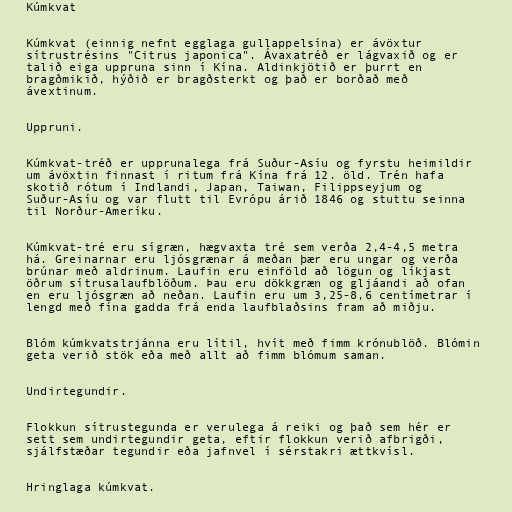
Kúmkvat

Kúmkvat (einnig nefnt egglaga gullappelsína) er ávöxtur
sítrustrésins "Citrus japonica". Ávaxatréð er lágvaxið og er
talið eiga uppruna sinn í Kína. Aldinkjötið er þurrt en
bragðmikið, hýðið er bragðsterkt og það er borðað með
ávextinum.

Uppruni.

Kúmkvat-tréð er upprunalega frá Suður-Asíu og fyrstu heimildir
um ávöxtin finnast í ritum frá Kína frá 12. öld. Trén hafa
skotið rótum í Indlandi, Japan, Taiwan, Filippseyjum og
Suður-Asíu og var flutt til Evrópu árið 1846 og stuttu seinna
til Norður-Ameríku.

Kúmkvat-tré eru sígræn, hægvaxta tré sem verða 2,4-4,5 metra
há. Greinarnar eru ljósgrænar á meðan þær eru ungar og verða
brúnar með aldrinum. Laufin eru einföld að lögun og líkjast
öðrum sítrusalaufblöðum. Þau eru dökkgræn og gljáandi að ofan
en eru ljósgræn að neðan. Laufin eru um 3,25-8,6 centímetrar í
lengd með fína gadda frá enda laufblaðsins fram að miðju.

Blóm kúmkvatstrjánna eru lítil, hvít með fimm krónublöð. Blómin
geta verið stök eða með allt að fimm blómum saman.

Undirtegundir.

Flokkun sítrustegunda er verulega á reiki og það sem hér er
sett sem undirtegundir geta, eftir flokkun verið afbrigði,
sjálfstæðar tegundir eða jafnvel í sérstakri ættkvísl.

Hringlaga kúmkvat.